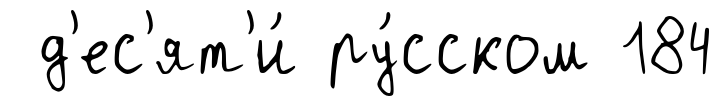
д'ес'ят'и́ ру́сском 184